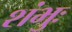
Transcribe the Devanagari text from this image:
शंभुः